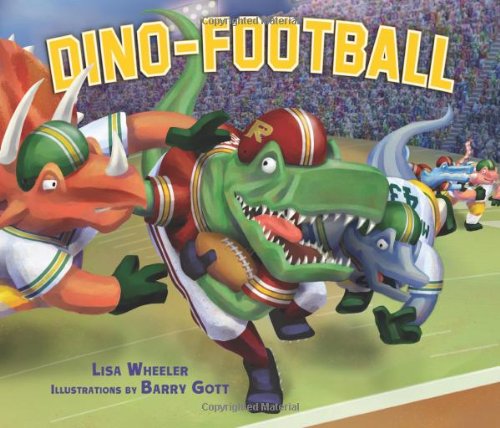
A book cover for Dino-Football (Carolrhoda Picture Books); Lisa Wheeler; Children's Books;